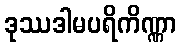
ဒုဿဒါမပရိကိဏ္ဏာ